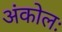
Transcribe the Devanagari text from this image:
अंकोलः